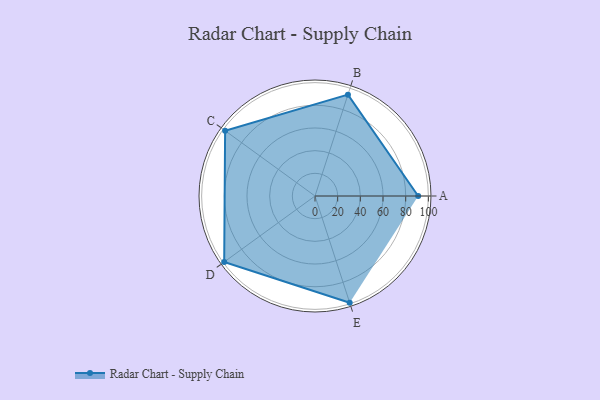
{"axis": {"x": "Skill", "y": "Score"}, "legend": ["Profile"], "data": [{"x": "A", "y": 91.0, "type": "Profile"}, {"x": "B", "y": 94.0, "type": "Profile"}, {"x": "C", "y": 98.0, "type": "Profile"}, {"x": "D", "y": 99, "type": "Profile"}, {"x": "E", "y": 99, "type": "Profile"}]}